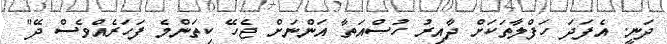
ދަނީ. އެފަދަ ހަފްލާތަކަށް ދާއިރު ހުސްއަތާ އަންނަށް ޖެހޭ ކިތަންމެ ފަހަރެއްވެސް ދޭ"